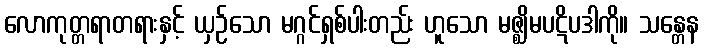
လောကုတ္တရာတရားနှင့် ယှဉ်သော မဂ္ဂင်ရှစ်ပါးတည်း ဟူသော မဇ္ဈိမပဋိပဒါကို။ သန္တေန